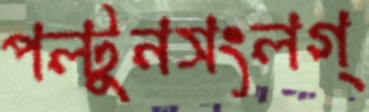
পল্টুনসংলগ্